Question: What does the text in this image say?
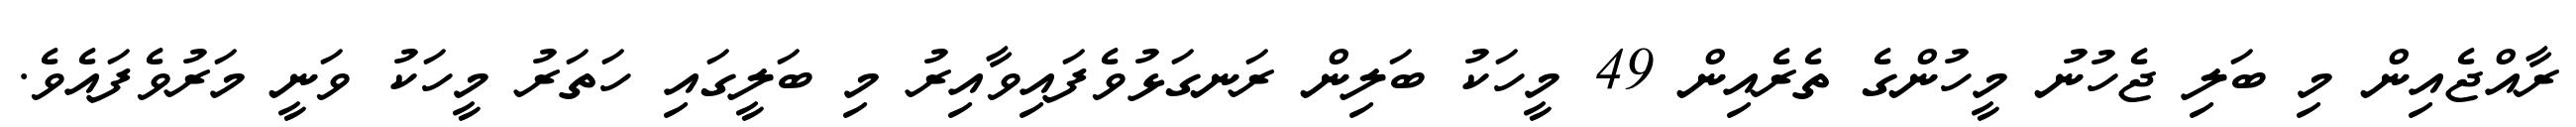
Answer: ރާއްޖެއިން މި ބަލި ޖެހުނު މީހުންގެ ތެރެއިން 49 މީހަކު ބަލިން ރަނގަޅުވެފައިވާއިރު މި ބަލީގައި ހަތަރު މީހަކު ވަނީ މަރުވެފައެވެ.